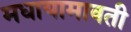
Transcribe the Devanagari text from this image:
मधायामावती